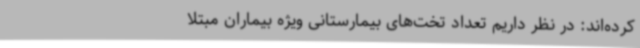
کرده‌اند: در نظر داریم تعداد تخت‌های بیمارستانی ویژه بیماران مبتلا